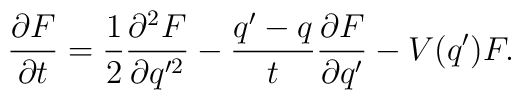
\frac{\partial F}{\partial t} =  \frac{1}{2} \frac{\partial ^2 F}{\partial q'^2} -  \frac{q'-q}{t} \frac{\partial F}{\partial q'} - V(q')F.